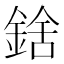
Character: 𨨝